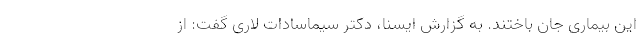
این بیماری جان باختند. به گزارش ایسنا، دکتر سیماسادات لاری گفت: از